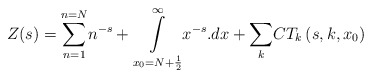
\begin{align*}Z(s)=\underset{n=1}{\overset{n=N}{\sum }}n^{-s}+\underset{x_0=N+\frac{1}{2}}{\overset{\infty }{\int }}x^{-s}.dx+\underset{k}{\sum }CT_k\left(s,k,x_0\right) \end{align*}